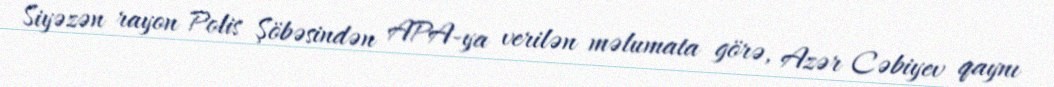
Siyəzən rayon Polis Şöbəsindən APA-ya verilən məlumata görə, Azər Cəbiyev qaynı